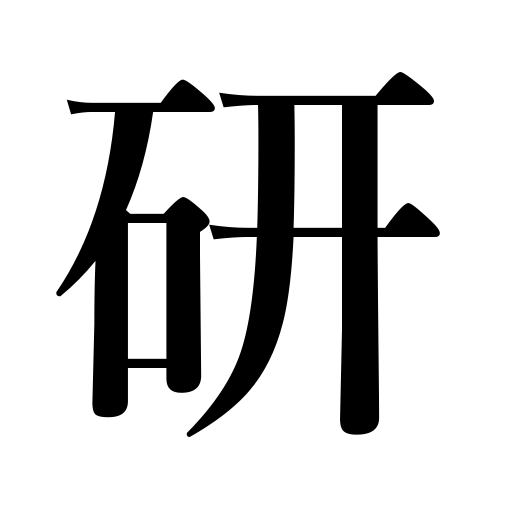
Meanings: grind,hone,sharpen,scour,wash rice,polish